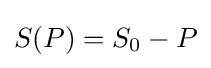
S(P)=S_{0}-P